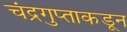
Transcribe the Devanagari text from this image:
चंद्रगुप्ताकडून